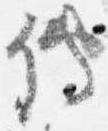
伝